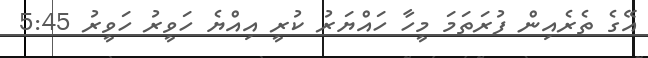
އޭގެ ތެރެއިން ފުރަތަމަ މީހާ ހައްޔަރު ކުރީ އިއްޔެ ހަވީރު ހަވީރު 5:45